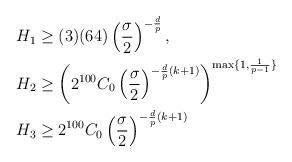
LaTeX: \begin{align*} & H_1 \geq (3)(64)\left(\frac{\sigma}{2}\right)^{-\frac{d}{p}}, \\ & H_2 \geq \left(2^{100}C_0\left(\frac{\sigma}{2}\right)^{-\frac{d}{p}(k+1)}\right)^{\max\{1,\frac{1}{p-1}\}} \\ & H_3 \geq 2^{100}C_0\left(\frac{\sigma}{2}\right)^{-\frac{d}{p}(k+1)} \end{align*}